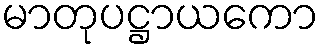
မာတုပဋ္ဌာယကော